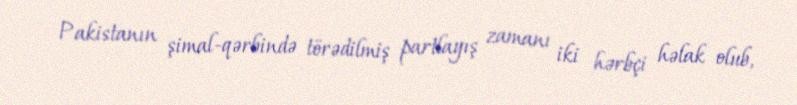
Pakistanın şimal-qərbində törədilmiş partlayış zamanı iki hərbçi həlak olub,